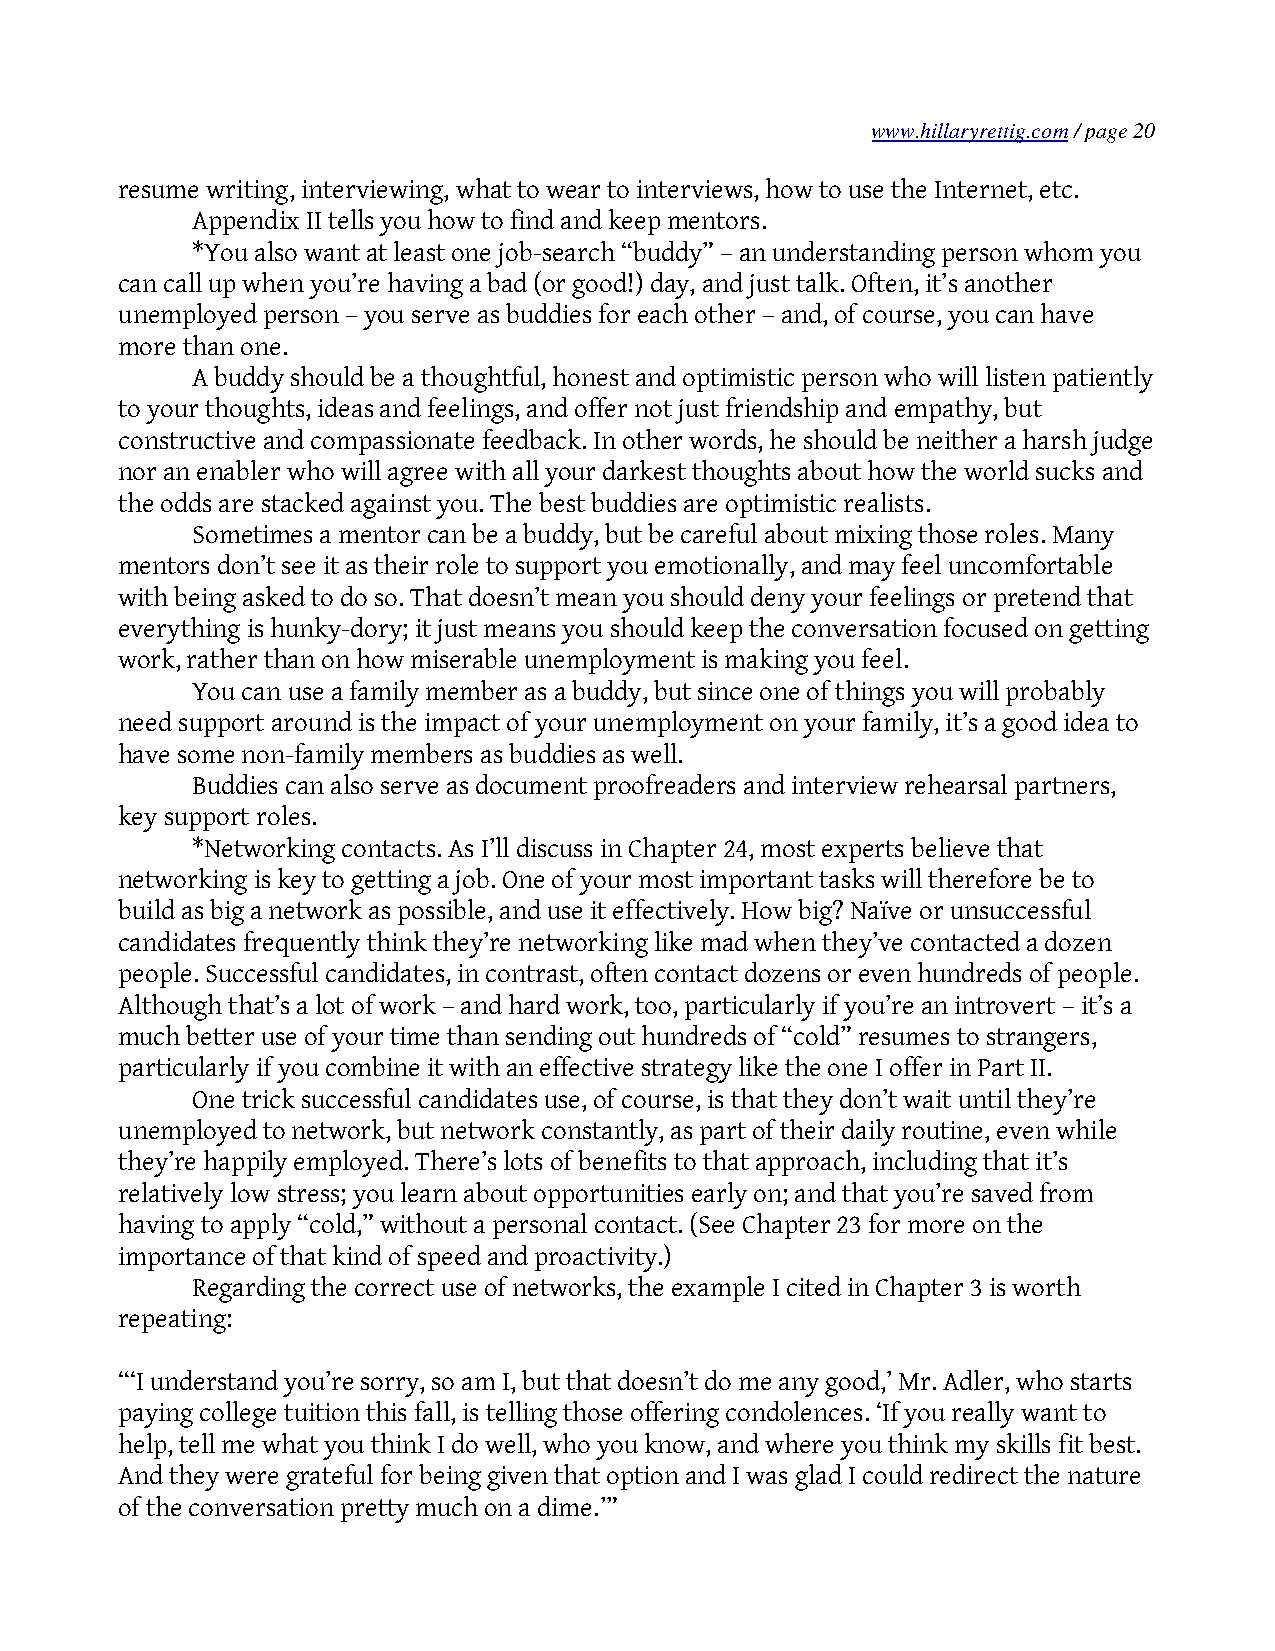
www.hillaryrettig.com / page 20
 resume writing, interviewing, what to wear to interviews, how to use the Internet, etc.
 Appendix II tells you how to find and keep mentors.
 *You also want at least one job-search “buddy” – an understanding person whom you
 can call up when you’re having a bad (or good!) day, and just talk. Often, it’s another
 unemployed person – you serve as buddies for each other – and, of course, you can have
 more than one.
 A buddy should be a thoughtful, honest and optimistic person who will listen patiently
 to your thoughts, ideas and feelings, and offer not just friendship and empathy, but
 constructive and compassionate feedback. In other words, he should be neither a harsh judge
 nor an enabler who will agree with all your darkest thoughts about how the world sucks and
 the odds are stacked against you. The best buddies are optimistic realists.
 Sometimes a mentor can be a buddy, but be careful about mixing those roles. Many
 mentors don’t see it as their role to support you emotionally, and may feel uncomfortable
 with being asked to do so. That doesn’t mean you should deny your feelings or pretend that
 everything is hunky-dory; it just means you should keep the conversation focused on getting
 work, rather than on how miserable unemployment is making you feel.
 You can use a family member as a buddy, but since one of things you will probably
 need support around is the impact of your unemployment on your family, it’s a good idea to
 have some non-family members as buddies as well.
 Buddies can also serve as document proofreaders and interview rehearsal partners,
 key support roles.
 *Networking contacts. As I’ll discuss in Chapter 24, most experts believe that
 networking is key to getting a job. One of your most important tasks will therefore be to
 build as big a network as possible, and use it effectively. How big? Naïve or unsuccessful
 candidates frequently think they’re networking like mad when they’ve contacted a dozen
 people. Successful candidates, in contrast, often contact dozens or even hundreds of people.
 Although that’s a lot of work – and hard work, too, particularly if you’re an introvert – it’s a
 much better use of your time than sending out hundreds of “cold” resumes to strangers,
 particularly if you combine it with an effective strategy like the one I offer in Part II.
 One trick successful candidates use, of course, is that they don’t wait until they’re
 unemployed to network, but network constantly, as part of their daily routine, even while
 they’re happily employed. There’s lots of benefits to that approach, including that it’s
 relatively low stress; you learn about opportunities early on; and that you’re saved from
 having to apply “cold,” without a personal contact. (See Chapter 23 for more on the
 importance of that kind of speed and proactivity.)
 Regarding the correct use of networks, the example I cited in Chapter 3 is worth
 repeating:
 “‘I understand you’re sorry, so am I, but that doesn’t do me any good,’ Mr. Adler, who starts
 paying college tuition this fall, is telling those offering condolences. ‘If you really want to
 help, tell me what you think I do well, who you know, and where you think my skills fit best.
 And they were grateful for being given that option and I was glad I could redirect the nature
 of the conversation pretty much on a dime.’”